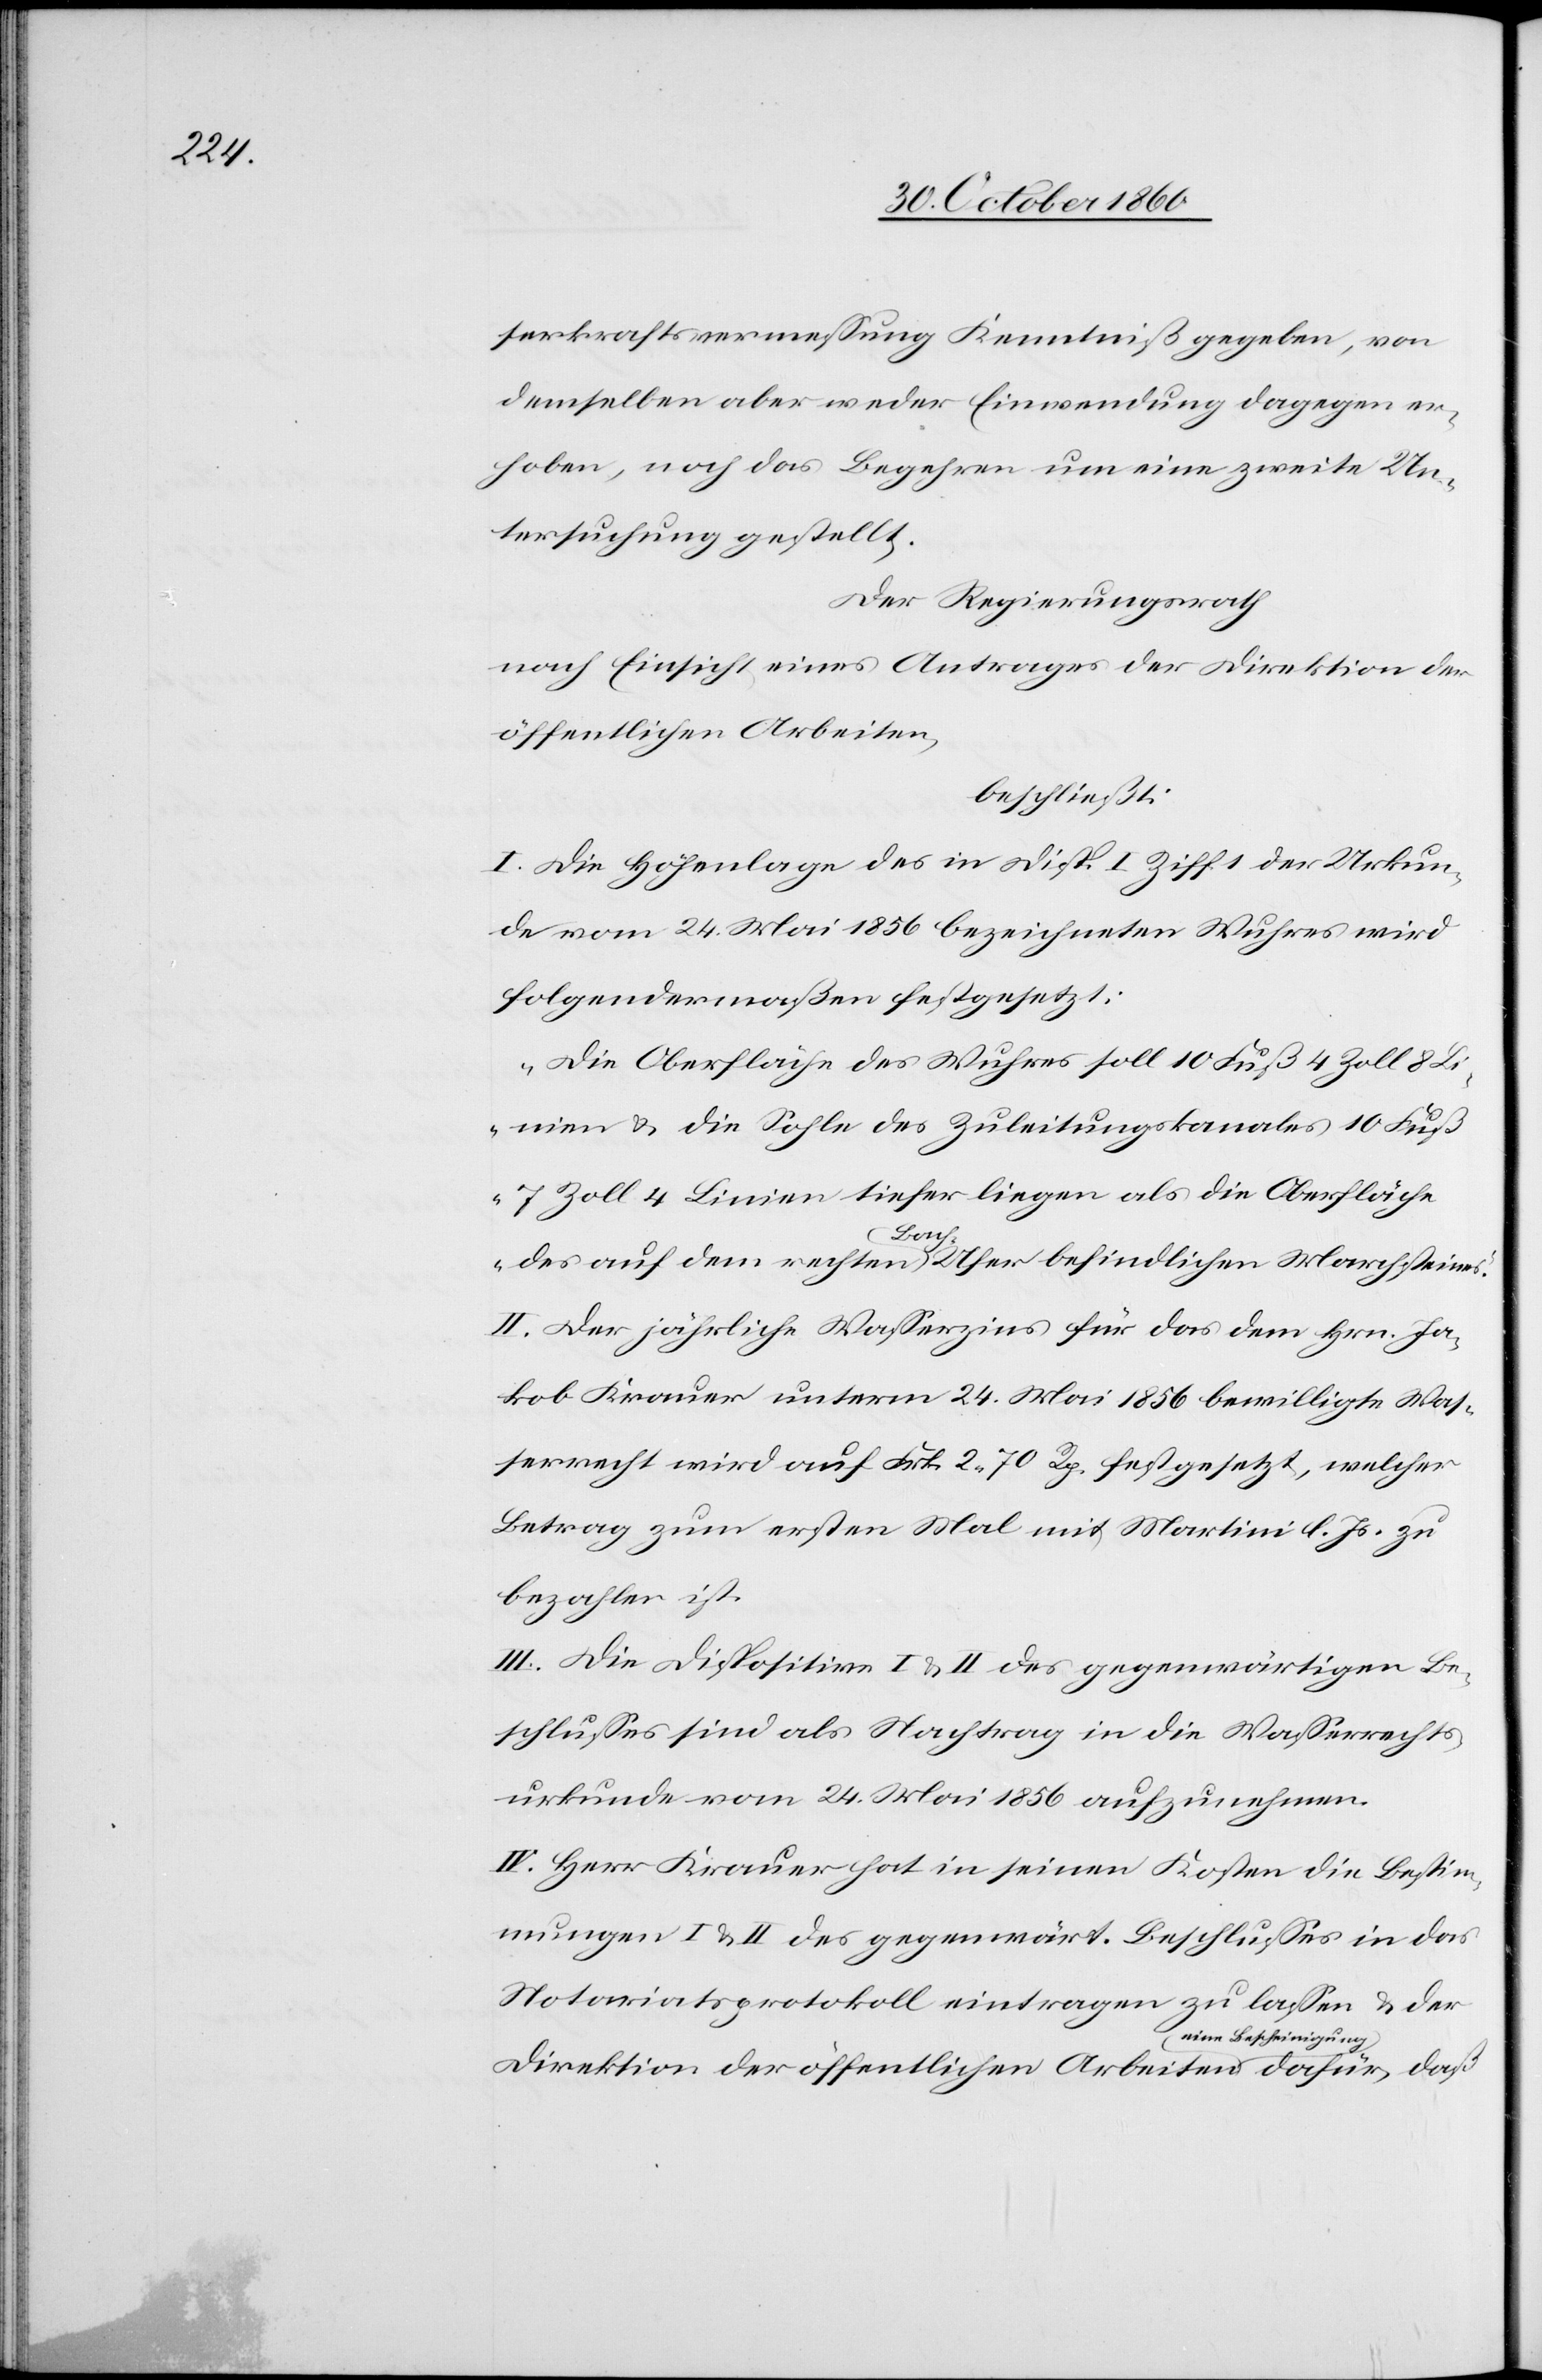
serkraftsvermessung Kenntniß gegeben, von
demselben aber weder Einwendung dagegen er¬
hoben, noch das Begehren um eine zweite Un¬
tersuchung gestellt.
Der Regierungsrath
nach Einsicht eines Antrages der Direktion der
öffentlichen Arbeiten
beschließt:
I. Die Höhenlage des in Disp. I Ziff 1 der Urkun¬
de vom 24. Mai 1856 bezeichneten Wuhres wird
folgendermaßen festgesetzt:
„Die Oberfläche des Wuhres soll 10 Fuß 4 Zoll 8 L¬
inien u. die Sohle des Zuleitungskanales 10 Fuß
7 Zoll 4 Linien tiefer liegen als die Oberfläche
des auf dem rechten Bach-Ufer befindlichen Marchsteines.“
II. Der jährliche Wasserzins für das dem Hrn. Ja¬
kob Krauer unterm 24. Mai 1856 bewilligte Was¬
serrecht wird auf Frk. 2 70 Rp. festgesetzt, welcher
Betrag zum ersten Mal mit Martini l. Js. zu
bezahlen ist.
III. Die Dispositive I u. II des gegenwärtigen Be¬
schlusses sind als Nachtrag in die Wasserrechts¬
urkunde vom 24. Mai 1856 aufzunehmen.
IV. Herr Krauer hat in seinen Kosten die Bestim¬
mungen I u. II des gegenwärt. Beschlusses in das
Notariatsprotokoll eintragen zu lassen u. der
eine Bescheinigung